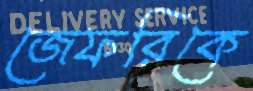
জেফরিকে